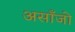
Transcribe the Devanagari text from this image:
असाँजो